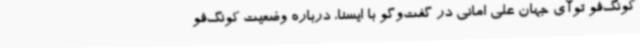
کونگ‌فو توآی جهان علی امانی در گفت‌وگو با ایسنا، درباره وضعیت کونگ‌فو